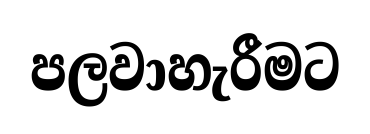
පලවාහැරීමට